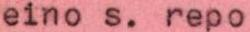
eino s. repo